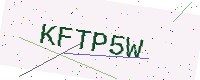
Text: KFTP5W